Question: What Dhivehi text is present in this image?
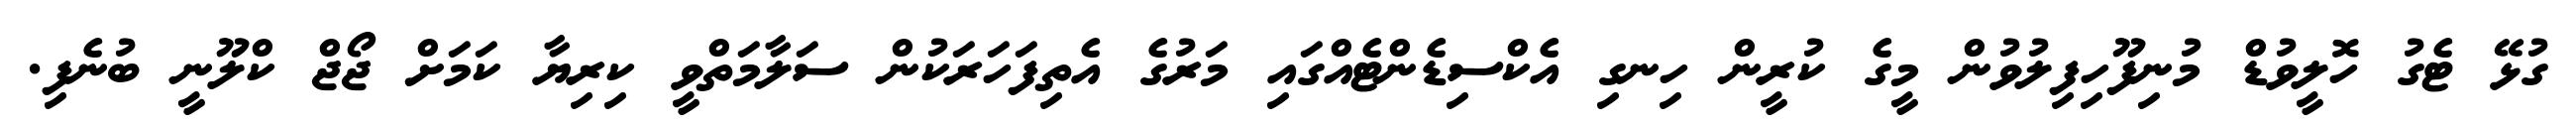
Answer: ގުޅޭ ޓެގު ހޮލީވުޑް މުނިފޫހިފިލުވުން މީގެ ކުރީން ހިނގި އެކްސިޑެންޓެއްގައި މަރުގެ އެތިފަހަރަކުން ސަލާމަތްވީ ކިރިޔާ ކަމަށް ޖޯޖް ކްލޫނީ ބުނެފި.